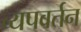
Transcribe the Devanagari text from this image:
व्यपवर्तन